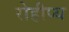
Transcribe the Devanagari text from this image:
रोहीप्य